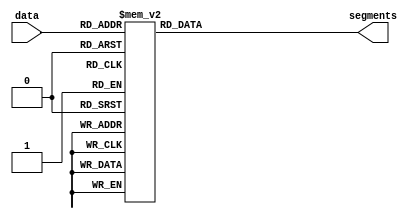
module sevenseg(input      [3:0] data, 
                output reg [6:0] segments);

  always @(*)
    case (data)
      //                     abc_defg     
      0: segments = 	  7'b111_1110;
      1: segments = 	  7'b011_0000;
      2: segments = 	  7'b110_1101;
      3: segments = 	  7'b111_1001;
      4: segments = 	  7'b011_0011;
      5: segments = 	  7'b101_1011;
      6: segments = 	  7'b101_1111;
      7: segments = 	  7'b111_0000;
      8: segments = 	  7'b111_1111;
      9: segments = 	  7'b111_1011;
      default: segments = 7'b000_0000;
    endcase
endmodule